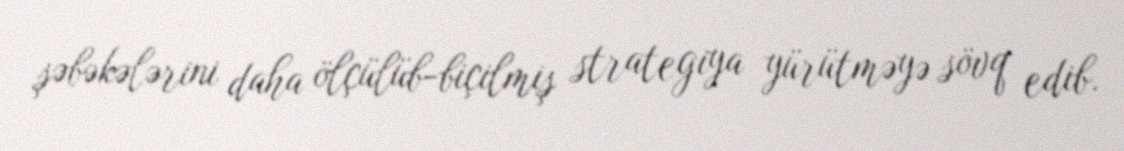
şəbəkələrini daha ölçülüb-biçilmiş strategiya yürütməyə sövq edib.